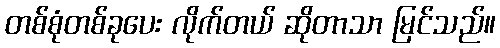
တစ်စုံတစ်ခုပေး လိုက်တယ် ဆိုတာသာ မြင်သည်။